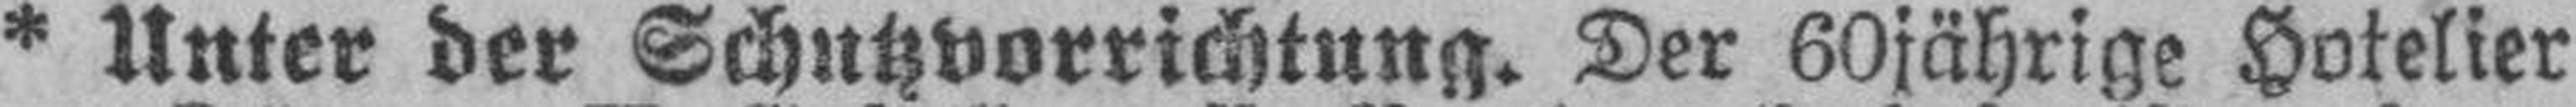
* Unter der Schutzvorrichtung. Der 60jährige Hotelier